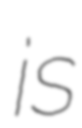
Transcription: is